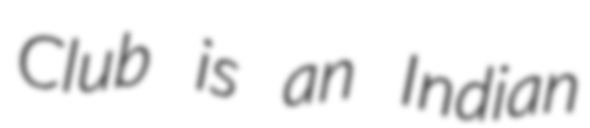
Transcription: Club is an Indian